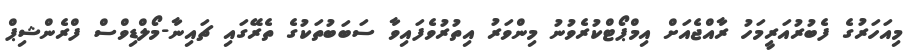
މިއަހަރުގެ ފެބުރުއަރީމަހު ރާއްޖެއަށް އިމްޕޯޓްކުރެވުނު މިންވަރު އިތުރުވެފައިވާ ސަބަބުތަކުގެ ތެރޭގައި ޗައިނާ-މޯލްޑިވްސް ފްރެންޝިޕް